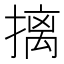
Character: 摛